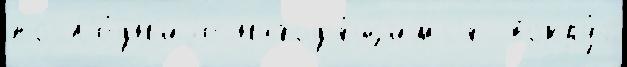
посл'е́дн'иjе наход'я́щимс'я  вокру́г